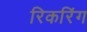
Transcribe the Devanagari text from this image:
रिकरिंग